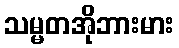
သမ္မတအိုဘားမား